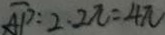
\overline { A P } : 2 \cdot 2 \pi = 4 \pi